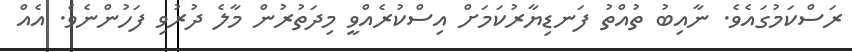
ރަސްކަމުގައެވެ. ނާއިބު ތުއްތު ފަނޑިޔާރުކަމަށް އިސްކުރެއްވީ މިދަތުރުން މާލެ ދުރުވި ފަހުންނެވެ. އެއް